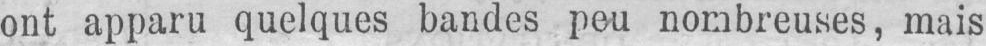
ont apparu quelques bandes peu nombreuses, mais